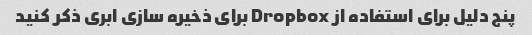
پنج دلیل برای استفاده از Dropbox برای ذخیره سازی ابری ذکر کنید